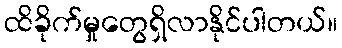
ထိခိုက်မှုတွေရှိလာနိုင်ပါတယ်။